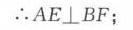
\(\therefore AE\perp BF\);